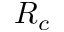
R _ { c }